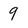
Character: 9